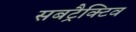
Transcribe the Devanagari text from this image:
सबट्रैक्टिव